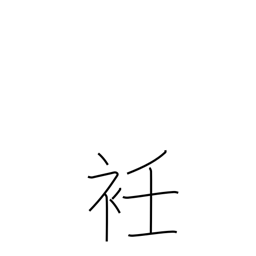
Meaning: neck of a garment